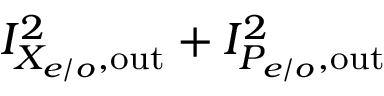
I _ { X _ { e / o } , \mathrm { o u t } } ^ { 2 } + I _ { P _ { e / o } , \mathrm { o u t } } ^ { 2 }